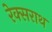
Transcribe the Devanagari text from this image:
रेक्सराथ